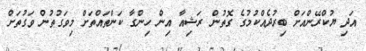
އަދި ޔުކްރޭންއަށް ބިރުދެއްކުމުގެ ގޮތުން ރަޝިއާ އިން ހިންގާ ކަންތައްތަށް މިވަގުތުން ވަގުތަށް